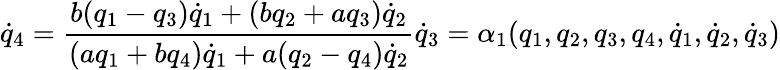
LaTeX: {\dot{q}}_{4}=\frac{b(q_{1}-q_{3}){\dot{q}}_{1}+(bq_{2}+aq_{3}){\dot{q}}_{2}}{(aq_{1}+bq_{4}){\dot{q}}_{1}+a(q_{2}-q_{4}){\dot{q}}_{2}}{\dot{q}}_{3}=\alpha_{1}(q_{1},q_{2},q_{3},q_{4},{\dot{q}}_{1},{\dot{q}}_{2},{\dot{q}}_{3})